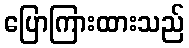
ပြောကြားထားသည်